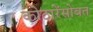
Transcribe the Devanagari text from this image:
कोठारेंसोबत